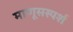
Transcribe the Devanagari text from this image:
माणूसस्पर्श